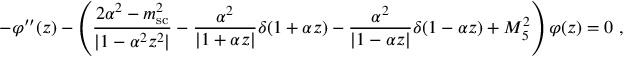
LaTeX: - \varphi ^ { \prime \prime } ( z ) - \left( \frac { 2 \alpha ^ { 2 } - m _ { \mathrm { s c } } ^ { 2 } } { | 1 - \alpha ^ { 2 } z ^ { 2 } | } - \frac { \alpha ^ { 2 } } { | 1 + \alpha z | } \delta ( 1 + \alpha z ) - \frac { \alpha ^ { 2 } } { | 1 - \alpha z | } \delta ( 1 - \alpha z ) + M _ { 5 } ^ { 2 } \right) \varphi ( z ) = 0 ~ ,